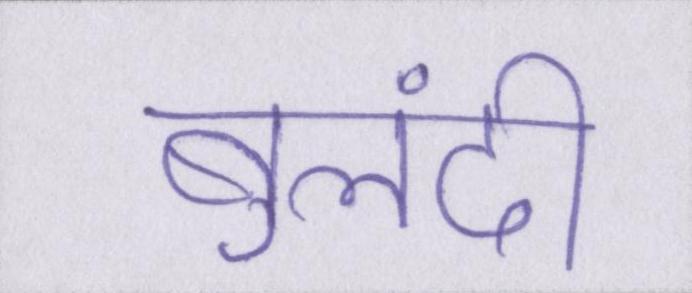
बुलंदी